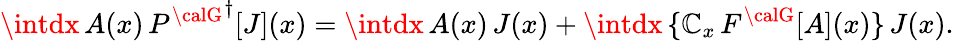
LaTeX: \intdx\, A(x)\, {P^{\calG}}^{\dagger}[J](x)=\intdx\, A(x)\, J(x)+\intdx\, \{ \mathbb{C}_{x}\, F^{\calG}[A](x)\} \, J(x).